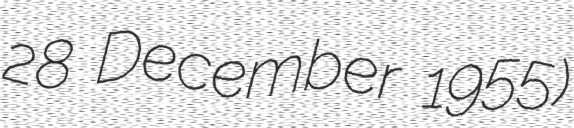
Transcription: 28 December 1955)